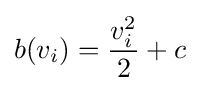
b(v_{i})={\frac {v_{i}^{2}}{2}}+c